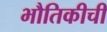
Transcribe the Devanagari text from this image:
भौतिकीची